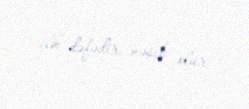
ilk dəfədir nəsib olur.